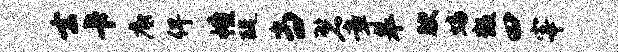
去卡底俾幢醍当碧章皋腴蟠叛曰宰